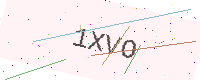
Text: 1XVO